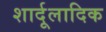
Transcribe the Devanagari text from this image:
शार्दूलादिक